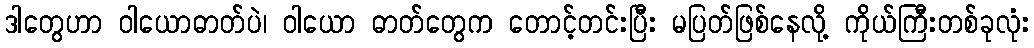
ဒါတွေဟာ ဝါယောဓာတ်ပဲ၊ ဝါယော ဓာတ်တွေက တောင့်တင်းပြီး မပြတ်ဖြစ်နေလို့ ကိုယ်ကြီးတစ်ခုလုံး